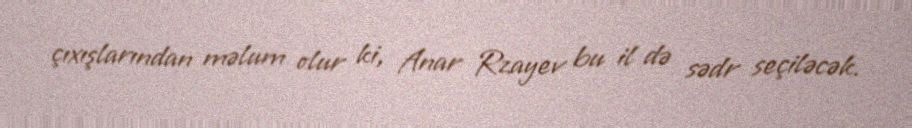
çıxışlarından məlum olur ki, Anar Rzayev bu il də sədr seçiləcək.